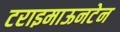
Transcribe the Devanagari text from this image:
टराइमाऊनटेन